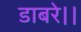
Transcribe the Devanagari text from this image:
डाबरे।।